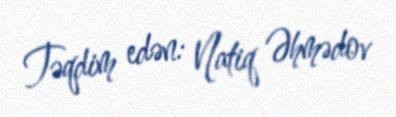
Təqdim edən: Natiq Əhmədov